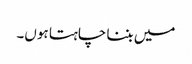
میں بننا چاہتا ہوں۔